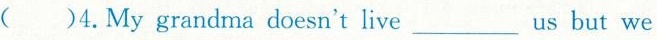
( )4. My grandma doesn't live ___ us but we